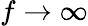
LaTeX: f\to\infty